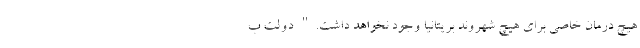
هیچ درمان خاصی برای هیچ شهروند بریتانیا وجود نخواهد داشت." دولت ب